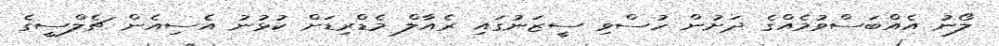
ލޯނު އެއްބަސްވުމެއްގެ ދަށުން ހުސްވި ސީޒަނުގައި ރެއާލް މެޑްރިޑަށް ކުޅުނު އެސިއެން ޗެލްސީގެ